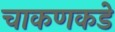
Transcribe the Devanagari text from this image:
चाकणकडे